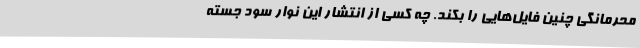
محرمانگی چنین فایل‌هایی را بکند. چه کسی از انتشار این نوار سود جسته